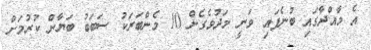
އެ މާއްދާގައި ބުނެފައި ވަނީ މަދުވެގެން 10 މެންބަރަކު ސަބަބު ބަޔާން ކުރުމަށް